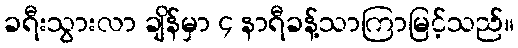
ခရီးသွားလာ ချိန်မှာ ၄ နာရီခန့်သာကြာမြင့်သည်။